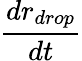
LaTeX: \frac{dr_{drop}}{dt}